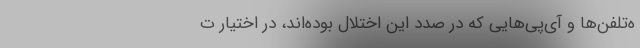
ه‌تلفن‌ها و آی‌پی‌هایی که در صدد این اختلال بوده‌اند، در اختیار ت